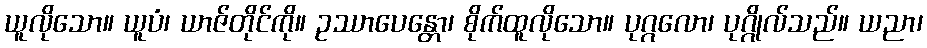
ယူလိုသော။ ယူပံ၊ ယာဇ်တိုင်ကို။ ဥဿာပေန္တော၊ စိုက်ထူလိုသော။ ပုဂ္ဂလော၊ ပုဂ္ဂိုလ်သည်။ ယညာ၊